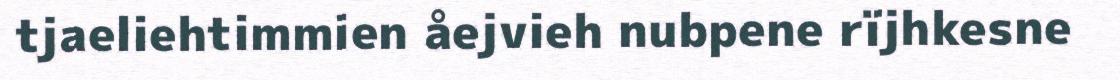
tjaeliehtimmien åejvieh nubpene rïjhkesne